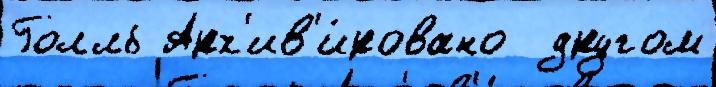
Голль Арх'ив'и́ровано  другом